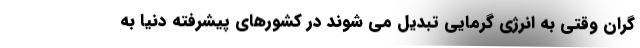
گران وقتی به انرژی گرمایی تبدیل می شوند در کشورهای پیشرفته دنیا به